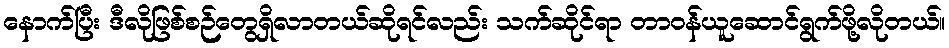
နောက်ပြီး ဒီလိုဖြစ်စဉ်တွေရှိလာတယ်ဆိုရင်လည်း သက်ဆိုင်ရာ တာဝန်ယူဆောင်ရွက်ဖို့လိုတယ်။